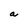
Character: a